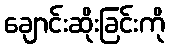
ချောင်းဆိုးခြင်းကို